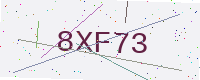
Text: 8XF73